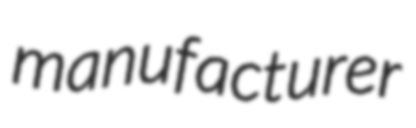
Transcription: manufacturer